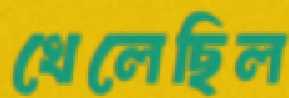
খেলেছিল